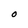
Character: O